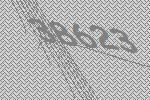
38623